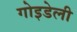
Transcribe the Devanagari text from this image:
गोइडेली